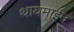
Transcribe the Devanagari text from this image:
थायमाईन